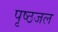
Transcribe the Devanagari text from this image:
पृष्ठजल